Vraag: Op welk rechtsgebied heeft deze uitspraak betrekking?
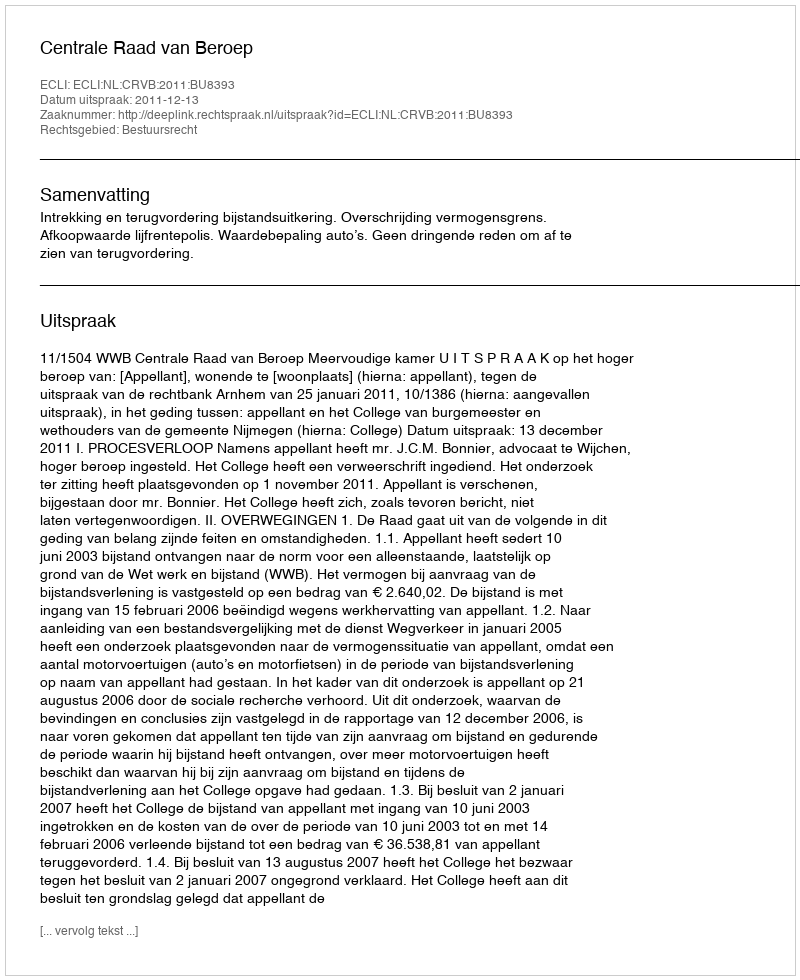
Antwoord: Bestuursrecht